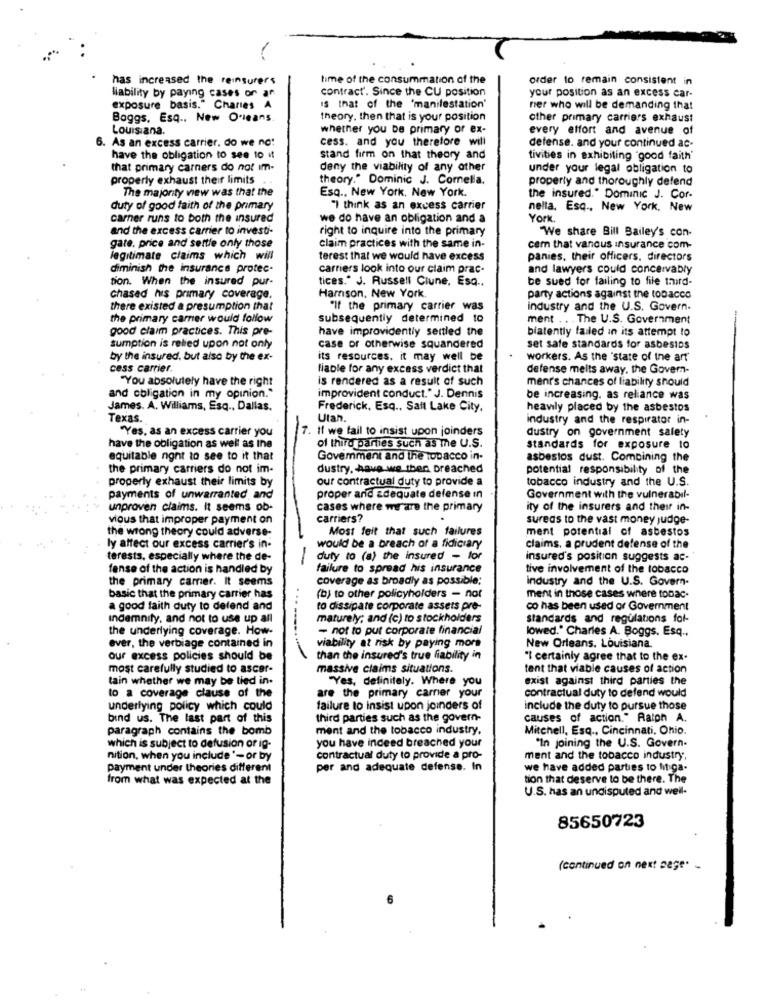
has increased the reinsurers
time of the consummation of the
order to remain consistent in
liability by paying cases or an
contract. Since the CU position
your position as an excess car-
exposure basis." Charles A
Is that of the "manifestation'
ner who will be demanding that
Boggs, Esq ., New Orleans
theory, then that is your position
other primary carriers exhaust
Louisiana.
whether you be primary or ex-
every effort and avenue of
. As an excess carrier, do we no:
cess. and you therefore will
defense. and your continued ac-
have the obligation to see to it
stand firm on that theory and
tivities in exhibiting "good faith'
that primary carners do not im-
deny the viability of any other
under your legal obligation to
properly exhaust their limits
theory." Dominic J. Comella.
property and thoroughly defend
The majority view was that the
Esq ., New York, New York.
the insured." Dominic J. Cor-
duty of good faith of the primary
"I think as an excess carrier
nella. Esq ., New York, New
carner runs to both the insured
we do have an obligation and a
York.
and the excess carrier to investi-
right to inquire into the primary
"We share Bill Bailey's con-
gate. price and settle only those
claim practices with the same in-
cem that vanous insurance com-
legitimate claims which will
terest that we would have excess
panies, their officers. directors
diminish the insurance protec-
carriers look into our claim prac-
and lawyers could concervably
tion. When the insured pur-
tices." J. Russell Clune, Esq ..
be sued for failing to file third-
Hamson, New York.
Chased his primary coverage.
party actions against the tobacco
there existed a presumption that
"If the primary carrier was
industry and the U.S. Govern.
the primary carrer would follow
subsequently determined to
ment .. . The U.S. Government
good claim practices. This pre-
have improvidently sentled the
blatently failed in its attempt to
sumption is relied upon not only
case or otherwise squandered
set safe standards for asbestos
by the insured, but also by the ex-
its resources. it may well be
workers. As the 'state of the art'
cess carrier
liable for any excess verdict that
defense melts away. the Govern-
"You absolutely have the right
is rendered as a result of such
menr's chances of liability should
and obligation in my opinion."
improvident conduct." J. Dennis
be increasing. as reliance was
James. A. Williams, Esq ., Dallas.
Frederick, Esq ., Salt Lake City,
heavily placed by the asbestos
Texas.
Utan.
industry and the respirator in-
"Yes, as an excess carrier you
7. Il we fail to insist upon joinders
dustry on government salety
of third parties such as The U.S.
have the obligation as well as the
standards for exposure to
equitable ront to see to it that
Government and the tobacco in-
asbestos dust. Combining the
the primary carriers do not im-
dustry, have we then preached
potential responsibility of the
properly exhaust their limits by
our contractual duty to provide a
tobacco industry and the U.S.
payments of unwarranted and
proper arid adequate defense in
Government with the vulnerabil-
unproven claims. It seems ob-
cases where we are the primary
ity of the insurers and their in-
vious that improper payment on
carriers?
sureas to the vast money judge-
the wrong theory could adverse-
Most feit that such failures
ment potential of asbestos
ly affect our excess carrier's in-
would be a breach of a fidiciary
claims, a prudent defense of the
terests, especially where the de-
duty to (a) the insured - for
insured's position suggests ac-
fense of the action is handled by
failure to spread his insurance
tive involvement of the tobacco
the primary camer. It seems
coverage as broadly as possible;
industry and the U.S. Govern-
basic that the primary carrier has
(b) to other policyholders - nor
ment in those cases where tobac.
a good faith duty to defend and
to dissipate corporate assets pre-
co has been used or Government
Indemnity, and not to use up all
maturely; and (c) to stockholders
standards and regulations fol-
the underlying coverage. How-
- not to put corporate financial
lowed." Charles A. Boggs, Esq .,
ever, the verbiage contained in
viability at risk by paying more
New Orleans, Louisiana.
our excess policies should be
than the insured's true fiability in
"I certainly agree that to the ex-
most carefully studied to ascer-
massive claims situations.
tent that viable causes of action
tain whether we may be tied in.
"Yes, definitely. Where you
exist against third parties the
to a coverage clause of the
are the primary carrer your
contractual duty to defend would
underlying policy which could
failure to insist upon joinders of
include the duty to pursue those
bind us. The last part of this
third parties such as the govern-
causes of action." Ralph A.
paragraph contains the bomb
ment and the tobacco industry,
Mitchell, Esq ., Cincinnati, Ohio.
you have indeed breached your
"In joining the U.S. Govern-
which is subject to defusion or ig-
nition, when you include '- or by
contractual duty to provide a pro-
ment and the tobacco industry,
payment under theories different
per and adequate defense. In
we have added parties to hit ga-
from what was expected at the
tion that deserve to be there. The
U.S. has an undisputed and well-
85650723
(continued on next sege' -